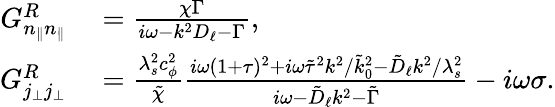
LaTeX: \begin{array}{rl}{G_{n_{\| }n_{\| }}^{R}}&{{}=\frac{\chi\Gamma}{i\omega-k^{2}D_{\ell}-\Gamma},}\\ {G_{j_{\perp}j_{\perp}}^{R}}&{{}=\frac{\lambda_{s}^{2}c_{\phi}^{2}}{\tilde{\chi}}\frac{i\omega(1+\tau)^{2}+i\omega\tilde{\tau}^{2}k^{2}/\tilde{k}_{0}^{2}-\tilde{D}_{\ell}k^{2}/\lambda_{s}^{2}}{i\omega-\tilde{D}_{\ell}k^{2}-\tilde{\Gamma}}-i\omega\sigma.}\end{array}